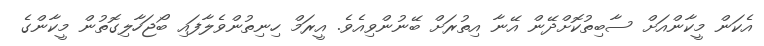
އެކަން މީކާންއަށް ސާބިތުކޮށްދޭން އޭނާ އިތުރަށް ބޭނުންވިއެވެ. އީރަމް ހިނިތުންވެލާފައި ބޯޖަހާލިގޮތުން މީކާންގެ